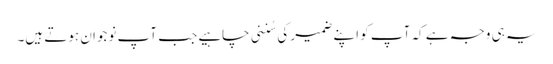
یہ ہی وجہ ہے کہ آپ کو اپنے ضمیر کی سُننی چاہیے جب آپ نوجوان ہوتے ہیں۔